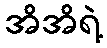
အိအိရဲ့